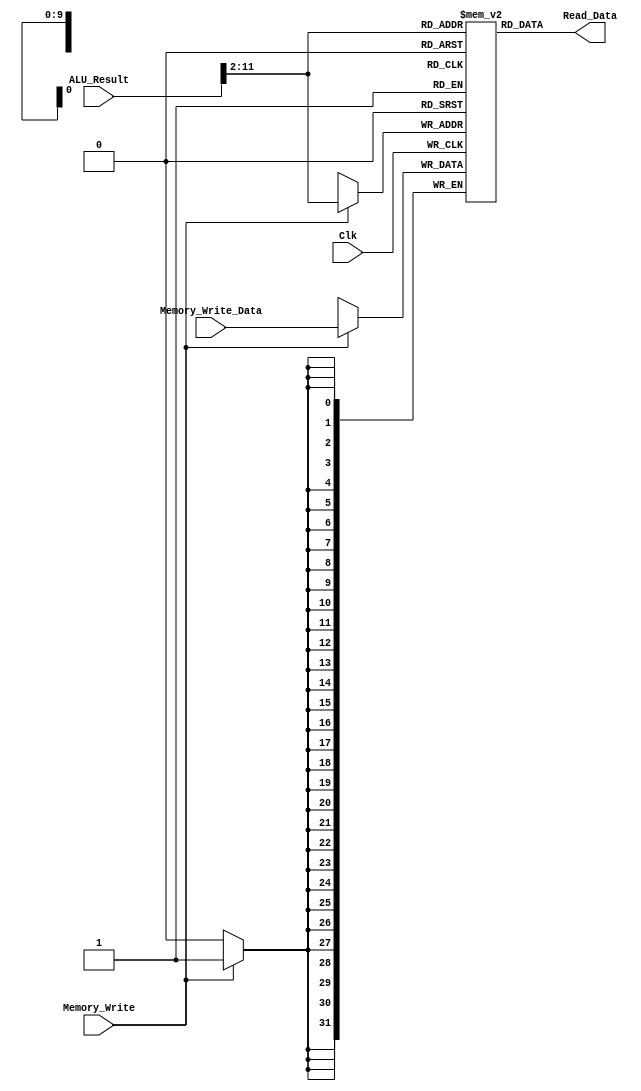
`timescale 1ns / 1ps
//////////////////////////////////////////////////////////////////////////////////
// Company: 
// Engineer: 
// 
// Design Name: 
// Module Name:    Data_Memory 
// Project Name: 
// Target Devices: 
// Tool versions: 
// Description: 
//
// Dependencies: 
//
// Revision: 
// Revision 0.01 - File Created
// Additional Comments: 
//
//////////////////////////////////////////////////////////////////////////////////
module Data_Memory(Clk,Memory_Write,ALU_Result,Memory_Write_Data,Read_Data);
input Clk;
input Memory_Write;
input [31:0] ALU_Result;
input [31:0] Memory_Write_Data;
output [31:0] Read_Data;
reg [31:0] RAM[1023:0];
wire [29:0] Word_Number;
assign Word_Number = ALU_Result[31:2];
assign Read_Data = RAM[Word_Number];
always @(posedge Clk)
begin
	if(Memory_Write)
		RAM[Word_Number] <= Memory_Write_Data;
end
endmodule